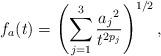
LaTeX: \begin{align*} f_{a}(t) = \left(\sum_{j=1}^3 \frac{{a_j}^2}{t^{2p_j}} \right)^{1/2},\end{align*}